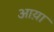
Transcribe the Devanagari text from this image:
आय़ा